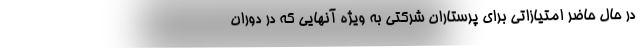
در حال حاضر امتیازاتی برای پرستاران شرکتی به ویژه آنهایی که در دوران